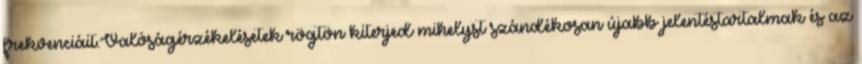
frekvenciáit.Valóságérzékelésetek rögtön kiterjed mihelyst szándékosan újabb jelentéstartalmak és az